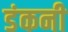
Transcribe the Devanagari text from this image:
डंकनी